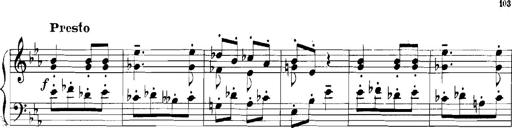
Title: Rhapsodies hongroises
Composer: Franz Liszt